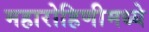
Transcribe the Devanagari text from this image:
महारोहिणीमध्ये